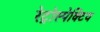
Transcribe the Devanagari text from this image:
रेट्रोस्‍पेक्टिव